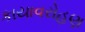
કાયાવરોહણ